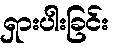
ရှားပါးခြင်း